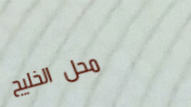
محل الخليج